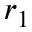
r _ { 1 }